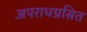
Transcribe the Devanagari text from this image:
अपराधग्रसित